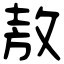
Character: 敖